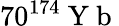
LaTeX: {70}^{174}\mathrm{~Y~b~}